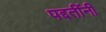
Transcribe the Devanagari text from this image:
पद्दतींनी